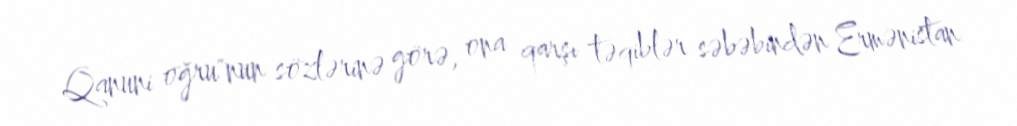
Qanuni oğru"nun sözlərinə görə, ona qarşı təqiblər səbəbindən Ermənistan